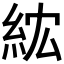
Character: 𥿢